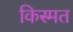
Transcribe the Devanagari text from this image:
किस्‍मत